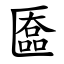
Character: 匲